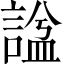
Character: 諡